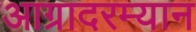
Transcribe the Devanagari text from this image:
आग्रादरम्यान